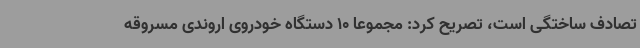
تصادف ساختگی است، تصریح کرد: مجموعا 10 دستگاه خودروی اروندی مسروقه